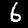
Digit: 6